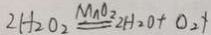
2 H _ { 2 } O _ { 2 } \xlongequal { M n O _ { 2 } } 2 H _ { 2 } O + O _ { 2 } \uparrow